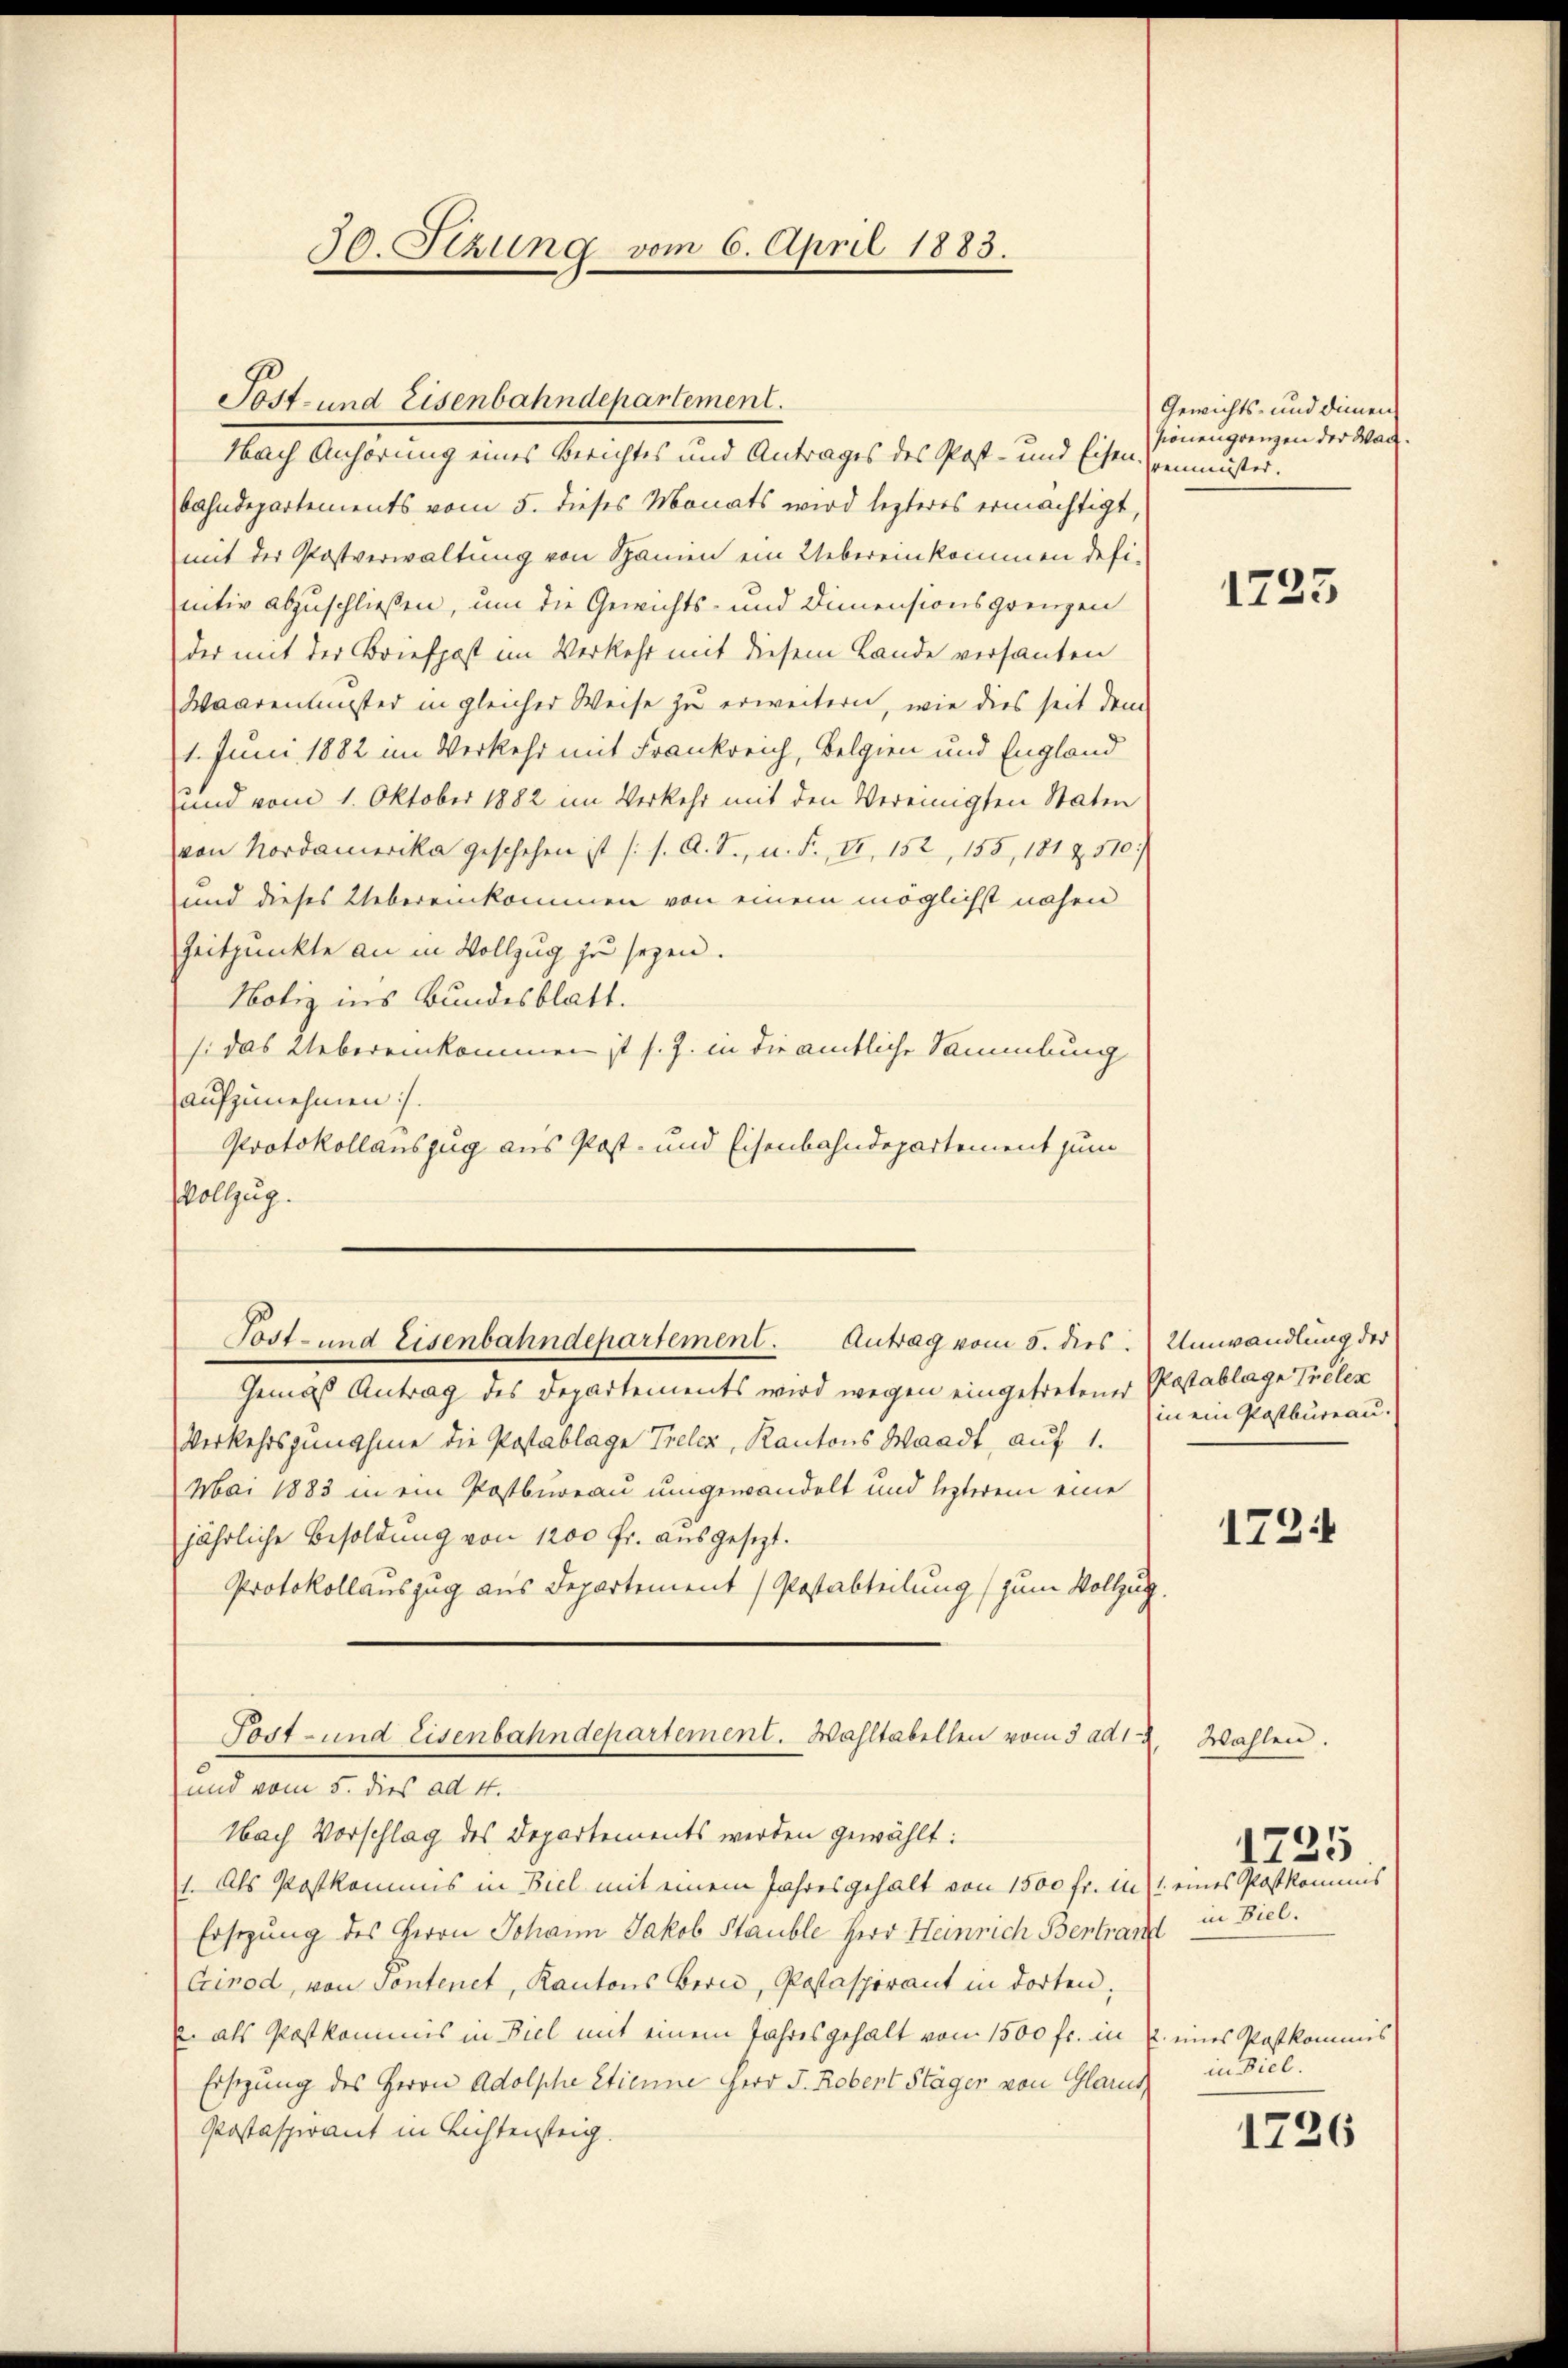
30. Stzung vom 6. April 1883.

Post- und Eisenbahndepartement.
Nach Anhörung eines Berichtes und Antrages des Post- und Eisen (genmüster.

Post- und Eisenbahndepartement. Antrag vom 5. dies: Umwandlung des

bahndepartements vom 5. dieses Monats wird lezteres ermächtigt.
mit der Postverwaltung von Spanien ein Uebereinkommen definitiv abzuschließen, um die Gewichts- und Dimensionsgrenzen
der mit der Briefpost im Verkehr mit diesem Lande versanten
Waarentinster in gleicher Weise zu erweitern, wie dies seit dem
1. Juni 1882 im Verkehr mit Frankreich, Belgien und England
und vom 1. Oktober 1882 im Verkehr mit den Vereinigten Staten
von Nordamerika geschehen ist (s. A. T., n. F. II, 152, 155, 181 Z. 510)
und dieses Uebereinkommen von einem möglichst nahen
Zeitpunkte an in Vollzug zu seyen.
Notiz ins Bundesblatt.
s: das Uebereinkommen ist s. Z. in die amtliche Sammlung
aufzunehmen.
Protokollanszug aus Post- und Eisenbahndepartement zum
Vollzug.

Gewichts- und dienen
sionengrenzen der Wach.

Gemäß Antrag des Departements wird wegen eingetretener Postablage Treten
Verkehrszunehine die Postablage Treler, Kantons Waadt, auf 1.
Mai 1883 in ein Postbureau umgewandelt und lezterem eine
jährliche Besoldung von 1200 fr. ausgesezt.
Protokollauszug aus Departement (Postabteilung zum Vollzug.
Post- und Eisenbahndepartement. Wahltabellen vom 3. ad 1
und vom 5. dies ad 4.
Nach Vorschlag des Departements werden gewählt:
1. Als Postkommis in Biel mit einem Jahresgehalt von 1500 fr. in 1 eines Postkommis
Ersezung des Herrn Johann Jakob Stäuble Herr Heinrich Bertraut in Ziel.
Cirod, von Pontenet, Kantons Bern, Postaspirant in dorten,
. als Postkommis in Biel mit einem Jahresgehalt von 1500 fr. in u. eines Postkommis
Ersezung des Herrn Adolphe Etienne Herr J. Robert Stäger von Glarus,
Postaspirant in Lichtensteig.

1725

in ein Postbureau.

1721

Wahlen.

1725

in Diel.

1726